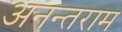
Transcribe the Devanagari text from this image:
अनन्तराम